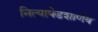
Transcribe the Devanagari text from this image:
नित्याषेडशार्णव